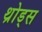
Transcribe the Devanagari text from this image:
थ्रोड्स